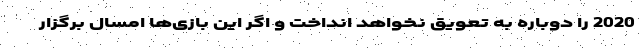
2020 را دوباره به تعویق نخواهد انداخت و اگر این بازی‌ها امسال برگزار